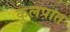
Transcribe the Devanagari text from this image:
कुलपात